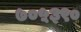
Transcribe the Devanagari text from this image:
७०५३९०